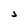
Character: J